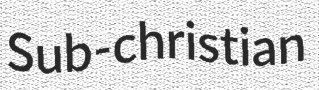
Sub-christian